Document type: Acquittal of debt
Year: 1424
Scribe: Francesc de Casanoves
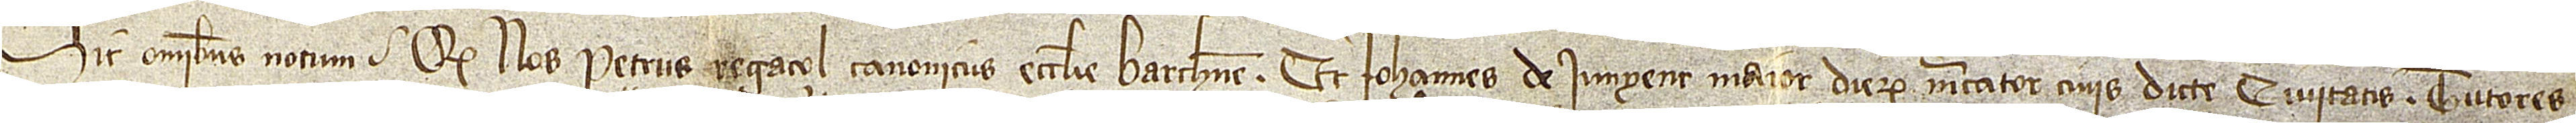
Sit omnibus notum quod nos Petrus Regaçol, canonicus ecclesie Barchinone, et Iohannes de Iunyent, maior dierum, mercator, civis dicte civitatis, tutores